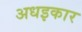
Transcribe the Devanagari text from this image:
अधइकार